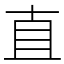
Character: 直